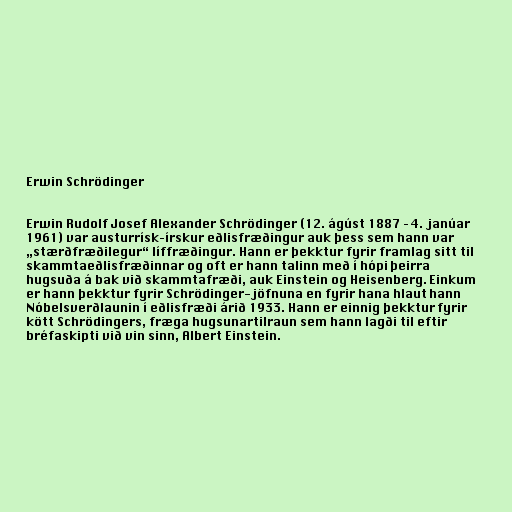
Erwin Schrödinger

Erwin Rudolf Josef Alexander Schrödinger (12. ágúst 1887 – 4. janúar
1961) var austurrísk–írskur eðlisfræðingur auk þess sem hann var
„stærðfræðilegur“ líffræðingur. Hann er þekktur fyrir framlag sitt til
skammtaeðlisfræðinnar og oft er hann talinn með í hópi þeirra
hugsuða á bak við skammtafræði, auk Einstein og Heisenberg. Einkum
er hann þekktur fyrir Schrödinger-jöfnuna en fyrir hana hlaut hann
Nóbelsverðlaunin í eðlisfræði árið 1933. Hann er einnig þekktur fyrir
kött Schrödingers, fræga hugsunartilraun sem hann lagði til eftir
bréfaskipti við vin sinn, Albert Einstein.